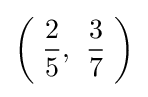
\left(\;{\frac {2}{5}},\;\;\!{\frac {3}{7}}\;\right)